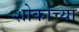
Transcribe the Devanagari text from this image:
शोकाच्या